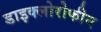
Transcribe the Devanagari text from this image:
डाइक्लोरोफीन